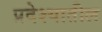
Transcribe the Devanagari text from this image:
प्रदेश्यातील